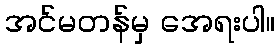
အင်မတန်မှ အေရးပါ။